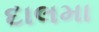
દાલમા